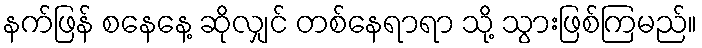
နက်ဖြန် စနေနေ့ ဆိုလျှင် တစ်နေရာရာ သို့ သွားဖြစ်ကြမည်။